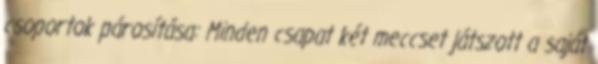
csoportok párosítása: Minden csapat két meccset játszott a saját